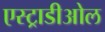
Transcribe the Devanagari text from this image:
एस्ट्राडीओल